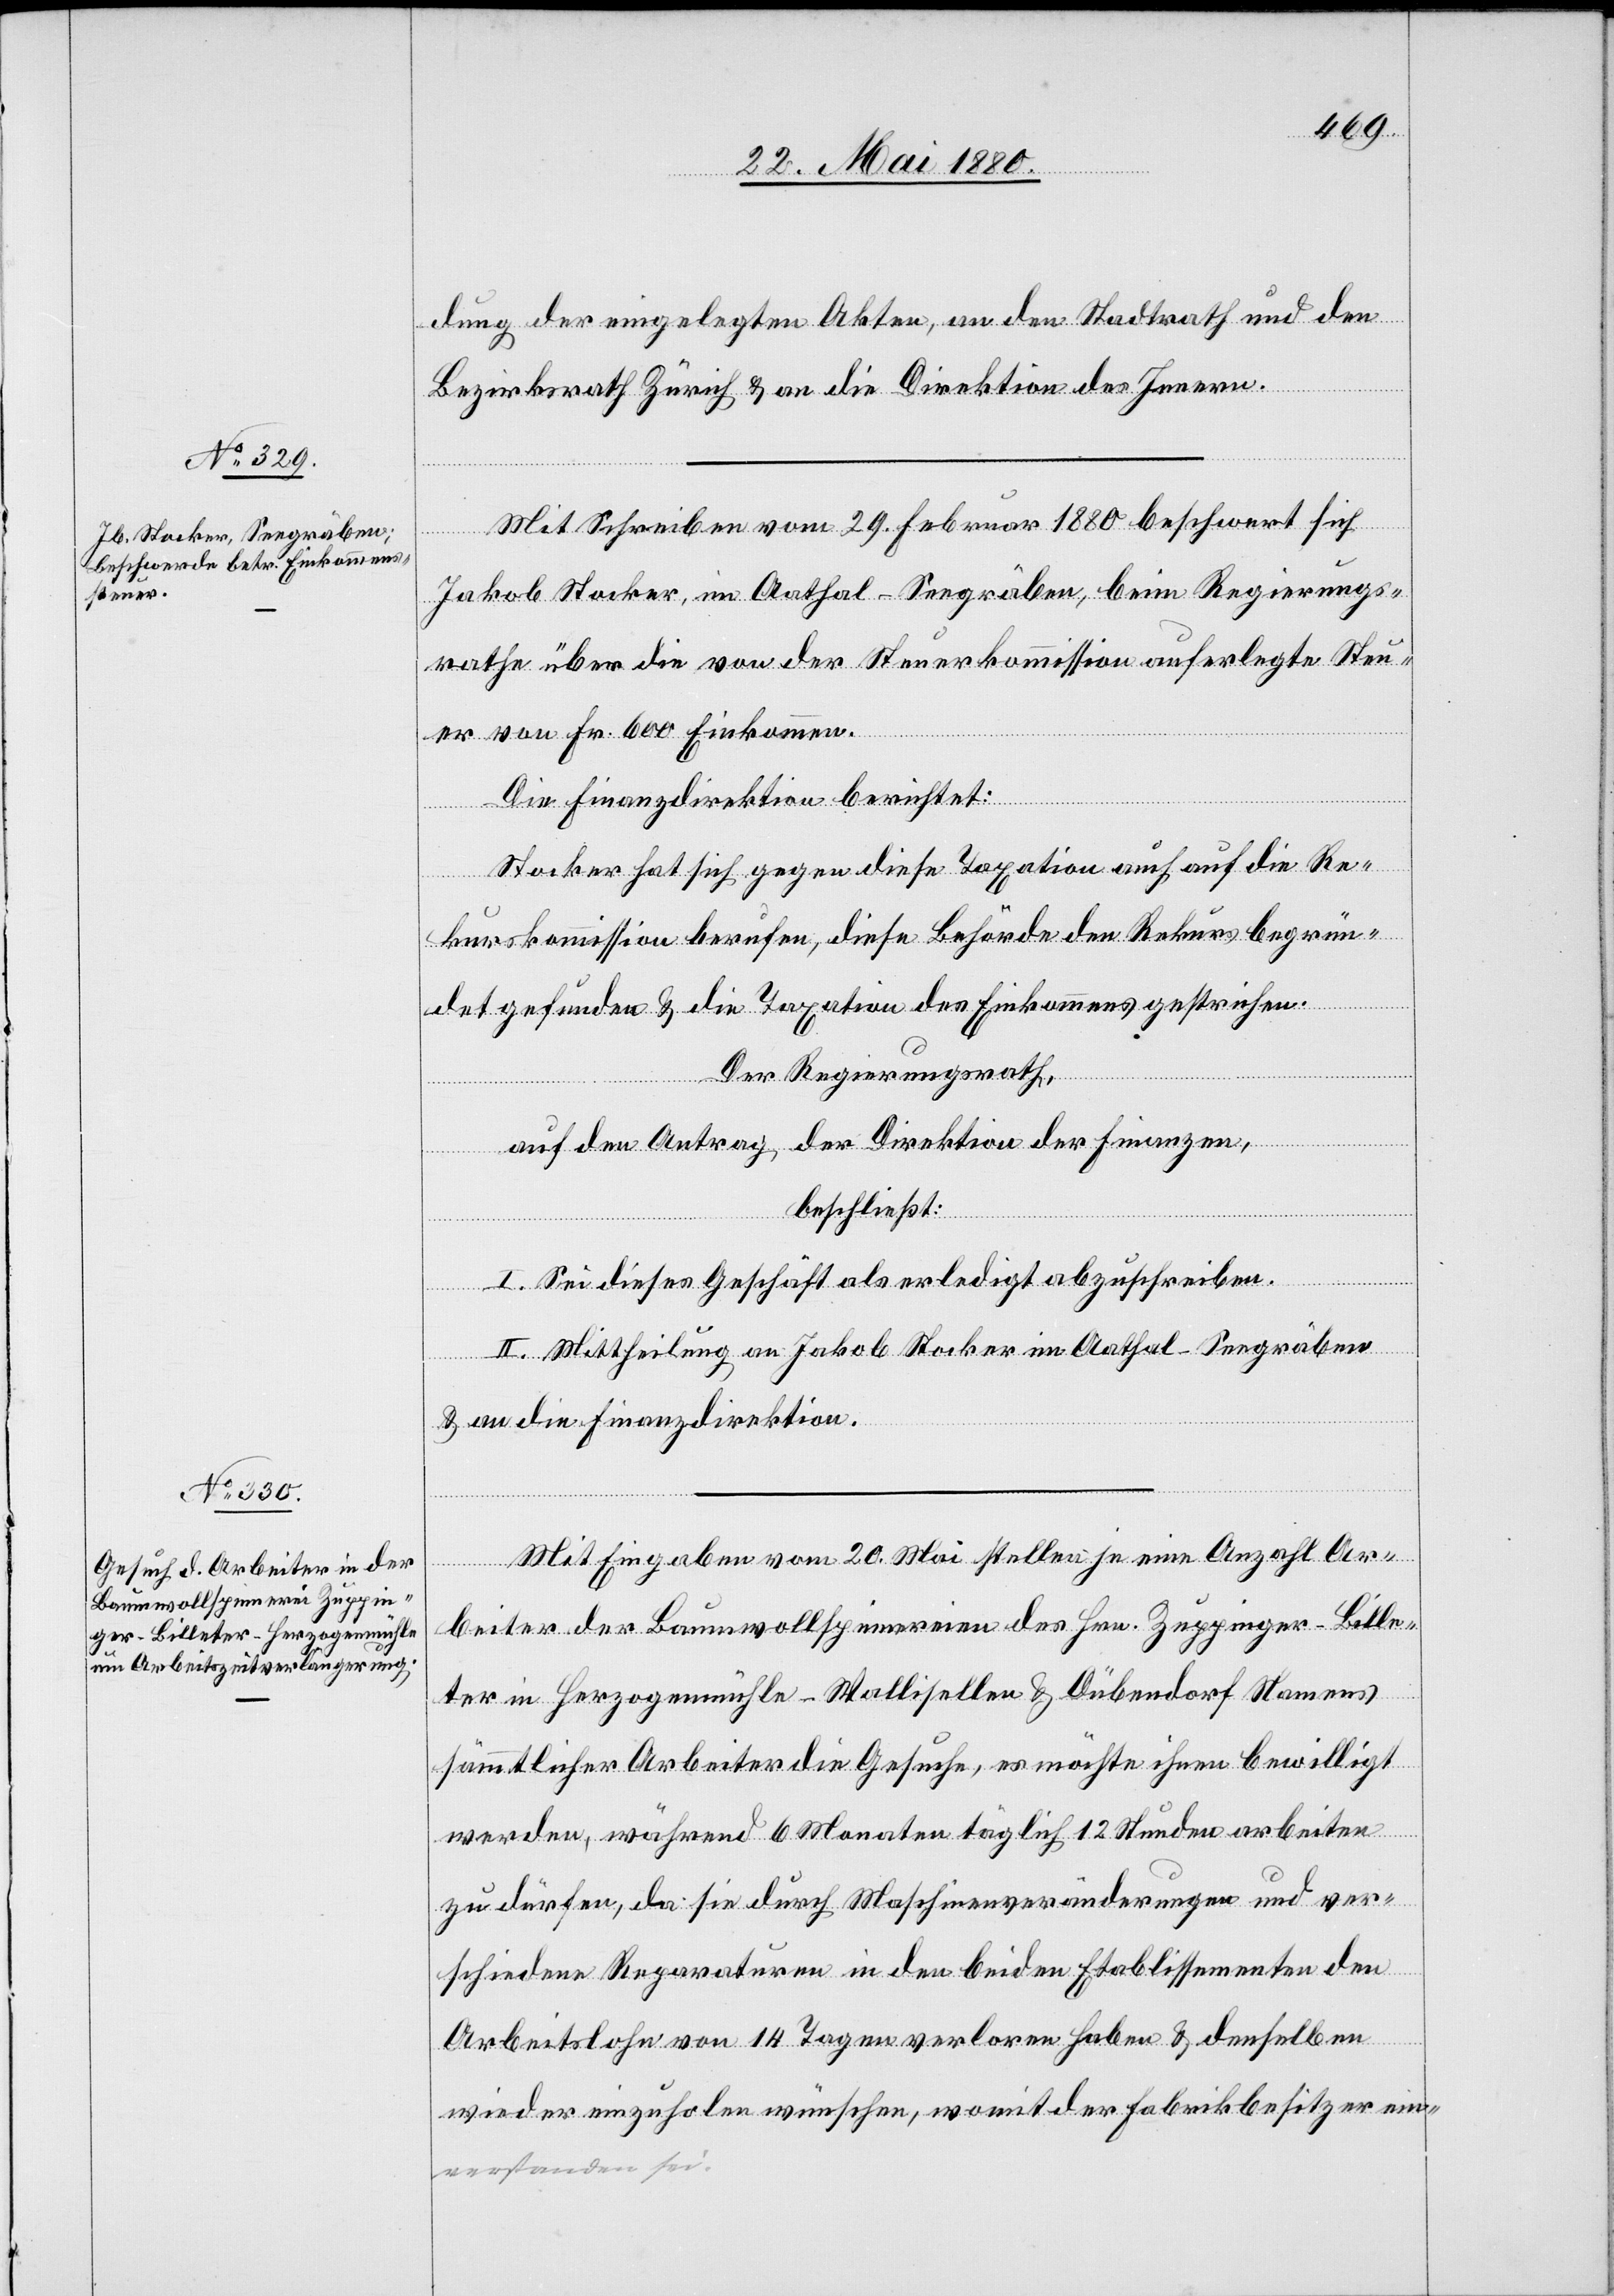
dung der eingelegten Akten, an den Stadtrath und den
Bezirksrath Zürich & an die Direktion des Innern.
Mit Schreiben vom 29. Febr. 1880 beschwert sich
Jakob Stocker, im Aathal - Seegräben, beim Regierungs¬
rathe über die von der Steuerkommission auferlegte Steu¬
er von Fr. 600 Einkommen.
Die Finanzdirektion berichtet:
Stocker hat sich gegen diese Taxation auch auf die Re¬
kurskommission berufen, diese Behörde den Rekurs begrün¬
det gefunden & die Taxation des Einkommens gestrichen.
Der Regierungsrath;
auf den Antrag der Direktion der Finanzen,
beschließt:
I. Sei dieses Geschäft als erledigt abzuschreiben.
II. Mittheilung an Jakob Stocker im Aathal - Seegräben
& an die Finanzdirektion.
Mit Eingaben vom 20. Mai stellen je eine Anzahl Ar¬
sei.-a
beiter der Baumwollspinnerei des Hrn. Zuppinger-Bille¬
ter in Herzogenmühle - Wallisellen & Dübendorf Namens
sämmtlicher Arbeiter die Gesuche, es möchte ihnen bewilligt
werden, während 6 Monaten täglich 12 Stunden arbeiten
zu dürfen, da sie durch Maschinenveränderungen und ver¬
schiedene Reparaturen in den beiden Etablissementen den
Arbeitslohn von 14 Tagen verloren haben & denselben
wieder einzuholen wünschen, womit der Fabrikbesitzer ein¬